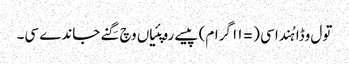
تول وڈا ہُندا سی (= ١١ گرام) پیسے روپئیاں وچ گِنے جاندے سی۔